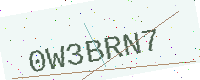
Text: 0W3BRN7